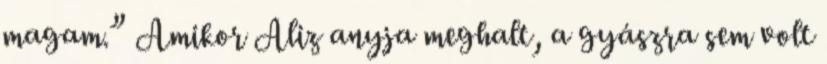
magam.” Amikor Aliz anyja meghalt, a gyászra sem volt